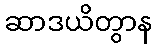
ဆာဒယိတွာန